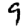
Digit: 9